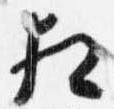
相